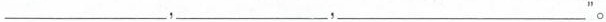
___，___，___”。